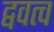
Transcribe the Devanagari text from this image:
द्ववत्व